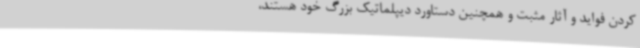
کردن فواید و آثار مثبت و همچنین دستاورد دیپلماتیک بزرگ خود هستند،